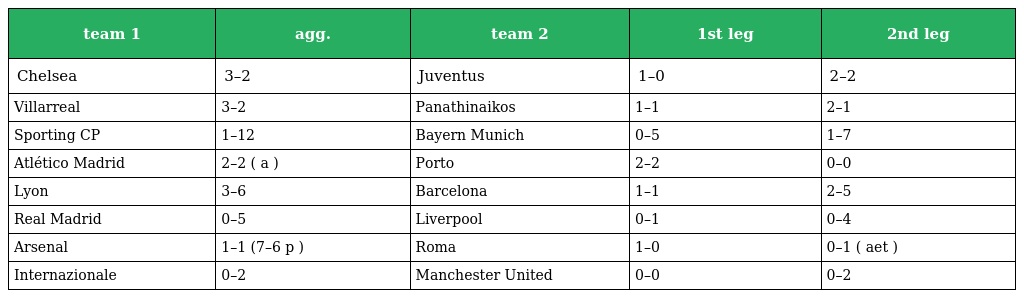
| team 1 | agg. | team 2 | 1st leg | 2nd leg |
 | --- | --- | --- | --- | --- |
 | Chelsea | 3–2 | Juventus | 1–0 | 2–2 |
 | Villarreal | 3–2 | Panathinaikos | 1–1 | 2–1 |
 | Sporting CP | 1–12 | Bayern Munich | 0–5 | 1–7 |
 | Atlético Madrid | 2–2 ( a ) | Porto | 2–2 | 0–0 |
 | Lyon | 3–6 | Barcelona | 1–1 | 2–5 |
 | Real Madrid | 0–5 | Liverpool | 0–1 | 0–4 |
 | Arsenal | 1–1 (7–6 p ) | Roma | 1–0 | 0–1 ( aet ) |
 | Internazionale | 0–2 | Manchester United | 0–0 | 0–2 |